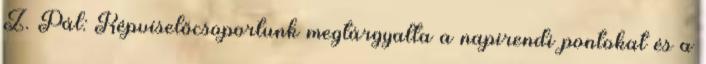
Z. Pál: Képviselőcsoportunk megtárgyalta a napirendi pontokat és a